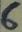
Text: 6